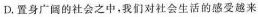
D.置身广俪的社会之中，我们对社会生活的感受越来